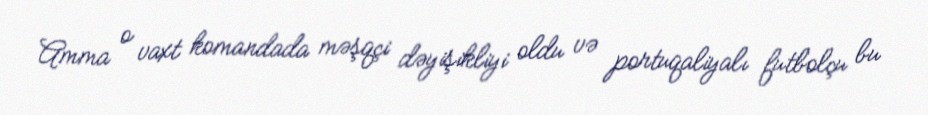
Amma o vaxt komandada məşqçi dəyişikliyi oldu və portuqaliyalı futbolçu bu